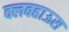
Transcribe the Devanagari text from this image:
क्लबहाऊस